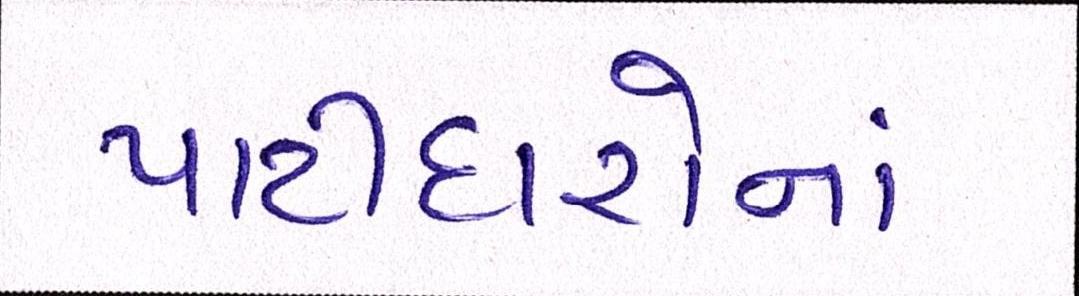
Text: પાટીદારોનાં